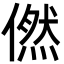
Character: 㒄